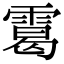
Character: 䨠